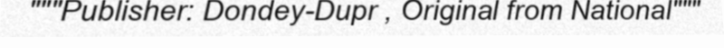
"""Publisher: Dondey-Dupr , Original from National"""